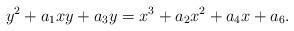
LaTeX: \begin{align*}y^2+a_1xy+a_3y=x^3+a_2x^2+a_4x+a_6.\end{align*}